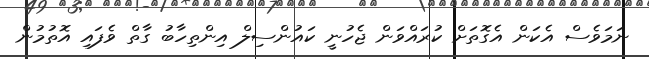
ނަމަވެސް އެކަން އެގޮތަށް ކުރައްވަން ޖެހުނީ ކައުންސިލް އިންތިހާބު ގާތް ވެފައި އޮތުމުން